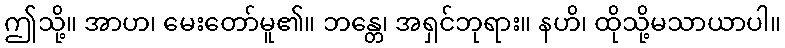
ဤသို့။ အာဟ၊ မေးတော်မူ၏။ ဘန္တေ၊ အရှင်ဘုရား။ နဟိ၊ ထိုသို့မသာယာပါ။